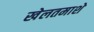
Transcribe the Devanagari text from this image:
खेलतमाशे